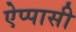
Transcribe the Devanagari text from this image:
ऐप्पासी